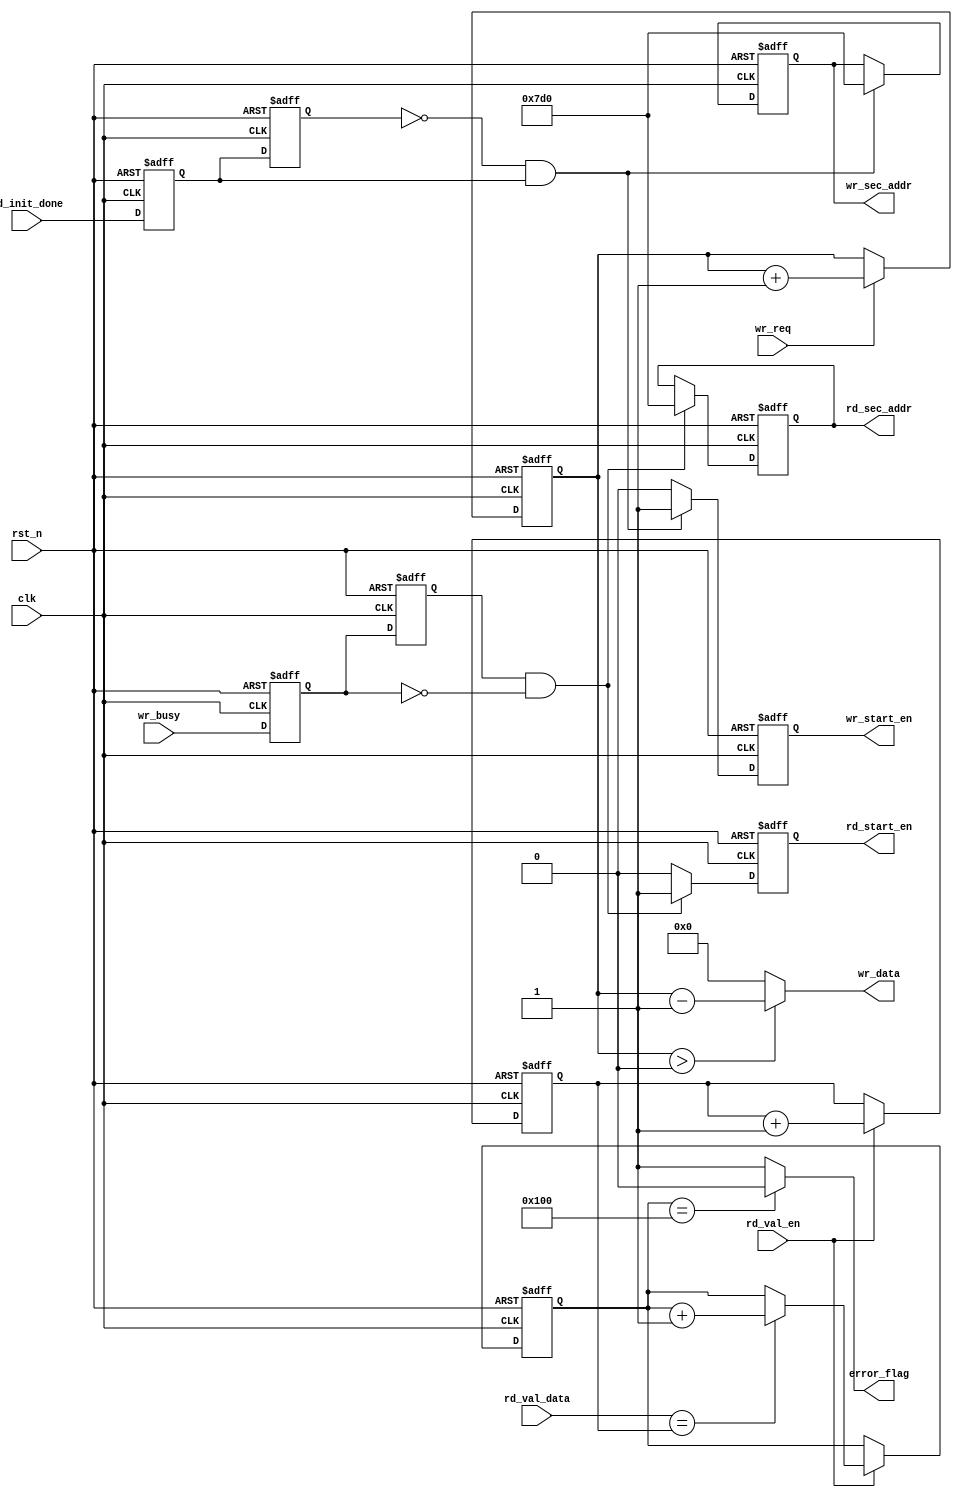
`timescale 1ns / 1ps
//////////////////////////////////////////////////////////////////////////////////
// Company: 
// Engineer: 
// 
// Design Name: 
// Module Name: data_gen
// Project Name: 
// Target Devices: 
// Tool Versions: 
// Description: 
// 
// Dependencies: 
// 
// Revision:
// Revision 0.01 - File Created
// Additional Comments:
// 
//////////////////////////////////////////////////////////////////////////////////


module data_gen(
    input               clk         ,
    input               rst_n       ,
    input               sd_init_done,
    
    //sd
    input               wr_busy     ,
    input               wr_req      ,
    output  reg         wr_start_en ,
    output  reg [31:0]  wr_sec_addr ,
    output      [15:0]  wr_data     ,
    
    //sd
    input               rd_val_en   ,
    input       [15:0]  rd_val_data ,
    output  reg         rd_start_en ,
    output  reg [31:0]  rd_sec_addr ,
    
    output              error_flag
    );
    
    //reg define
    reg                 sd_init_done_d0     ;       //sd_init_done
    reg                 sd_init_done_d1     ;       //sd_init_done
    reg                 wr_busy_d0          ;       //wr_busy
    reg                 wr_busy_d1          ;       //wr_busy
    reg     [15:0]      wr_data_t           ;
    reg     [15:0]      rd_comp_data        ;
    reg     [8:0]       rd_right_cnt        ;
    
    //wire define
    wire                pos_init_done       ;       //sd_init_done
    wire                neg_wr_busy         ;       //wr_busy
    
    
    //main code
    
    assign pos_init_done = (~sd_init_done_d1) & sd_init_done_d0;
    assign neg_wr_busy = wr_busy_d1 & (~wr_busy_d0);
    
    assign wr_data = (wr_data_t > 16'd0) ? (wr_data_t - 1'b1) : 16'd0;
    
    assign error_flag = (rd_right_cnt == (9'd256)) ? 1'b0 : 1'b1;
    
    //sd_init_done
    always @(posedge clk or negedge rst_n) begin
        if(!rst_n) begin
            sd_init_done_d0 <= 1'b0;
            sd_init_done_d1 <= 1'b0;
        end
        else begin
            sd_init_done_d0 <= sd_init_done;
            sd_init_done_d1 <= sd_init_done_d0;
        end
    end
    
    //sd
    always @(posedge clk or negedge rst_n) begin
        if(!rst_n) begin
            wr_start_en <= 1'b0;
            wr_sec_addr <= 32'd0;
        end
        else begin
            if(pos_init_done) begin
                wr_start_en <= 1'b1;
                wr_sec_addr <= 32'd2000;    //
            end       
            else
                wr_start_en <= 1'b0;
        end
    end
    
    //sd
    always @(posedge clk or negedge rst_n) begin
        if(!rst_n) 
            wr_data_t <= 16'b0;
        else if(wr_req)
            wr_data_t <= wr_data_t + 16'b1;    
    end
    
    //wr_busy
    always @(posedge clk or negedge rst_n) begin
        if(!rst_n) begin
            wr_busy_d0 <= 1'b0;
            wr_busy_d1 <= 1'b0;
        end
        else begin
            wr_busy_d0 <= wr_busy;
            wr_busy_d1 <= wr_busy_d0;
        end
    end
    
    //sd
    always @(posedge clk or negedge rst_n) begin
        if(!rst_n) begin
            rd_start_en <= 1'b0;
            rd_sec_addr <= 32'd0;
        end
        else begin
            if(neg_wr_busy) begin
                rd_start_en <= 1'b1;
                rd_sec_addr <= 32'd2000;    //
            end       
            else
                rd_start_en <= 1'b0;
        end
    end
    
    //
    always @(posedge clk or negedge rst_n) begin
        if(!rst_n) begin
            rd_comp_data <= 16'd0;
            rd_right_cnt <= 9'd0;
        end
        else begin
            if(rd_val_en) begin
                rd_comp_data <= rd_comp_data + 16'b1;
                if(rd_val_data == rd_comp_data)
                    rd_right_cnt <= rd_right_cnt + 9'd1;
            end
        end
    end
    
endmodule